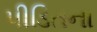
પીડિતના